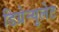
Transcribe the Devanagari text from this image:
डिग्रेन्युलेट